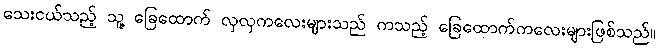
သေးငယ်သည့် သူ့ ခြေထောက် လှလှကလေးများသည် ကသည့် ခြေထောက်ကလေးများဖြစ်သည်။